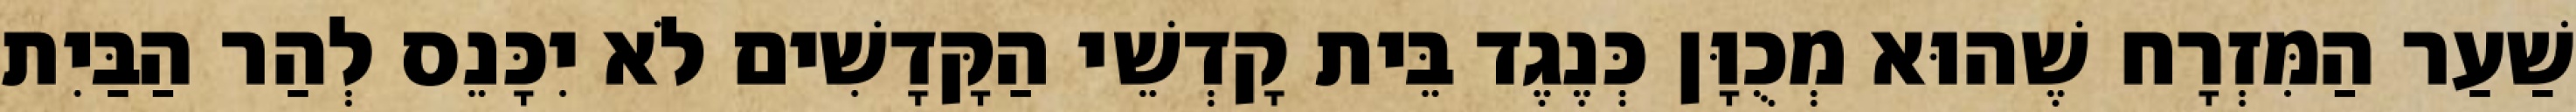
שַׁעַר הַמִּזְרָח שֶׁהוּא מְכֻוָּן כְּנֶגֶד בֵּית קָדְשֵׁי הַקָּדָשִׁים לֹא יִכָּנֵס לְהַר הַבַּיִת